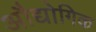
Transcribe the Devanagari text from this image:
अौद्योगिक